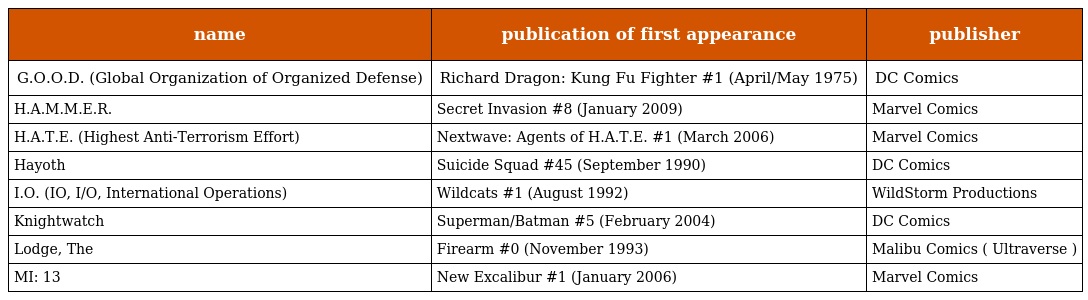
| name | publication of first appearance | publisher |
 | --- | --- | --- |
 | G.O.O.D. (Global Organization of Organized Defense) | Richard Dragon: Kung Fu Fighter #1 (April/May 1975) | DC Comics |
 | H.A.M.M.E.R. | Secret Invasion #8 (January 2009) | Marvel Comics |
 | H.A.T.E. (Highest Anti-Terrorism Effort) | Nextwave: Agents of H.A.T.E. #1 (March 2006) | Marvel Comics |
 | Hayoth | Suicide Squad #45 (September 1990) | DC Comics |
 | I.O. (IO, I/O, International Operations) | Wildcats #1 (August 1992) | WildStorm Productions |
 | Knightwatch | Superman/Batman #5 (February 2004) | DC Comics |
 | Lodge, The | Firearm #0 (November 1993) | Malibu Comics ( Ultraverse ) |
 | MI: 13 | New Excalibur #1 (January 2006) | Marvel Comics |